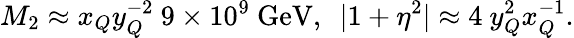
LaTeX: M_{2}\approx x_{Q}y_{Q}^{-2}\ 9\times 10^{9}\ \mathrm{GeV},\ \ |1+\eta^{2}|\approx 4\ y_{Q}^{2}x_{Q}^{-1}.